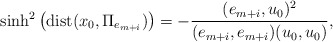
\begin{align*}\sinh^2\left(\mathrm{dist}(x_0, \Pi_{e_{m+i}})\right) = -\frac{(e_{m+i},u_0)^2}{(e_{m+i},e_{m+i})(u_0,u_0)},\end{align*}